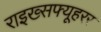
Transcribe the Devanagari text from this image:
राइख्सफ्यूहरर